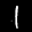
Label: 1